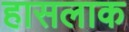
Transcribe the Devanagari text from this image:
हासलाक